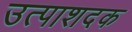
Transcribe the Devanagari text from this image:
उत्पाशदक